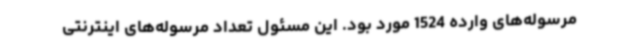
مرسوله‌های وارده 1524 مورد بود. این مسئول تعداد مرسوله‌های اینترنتی